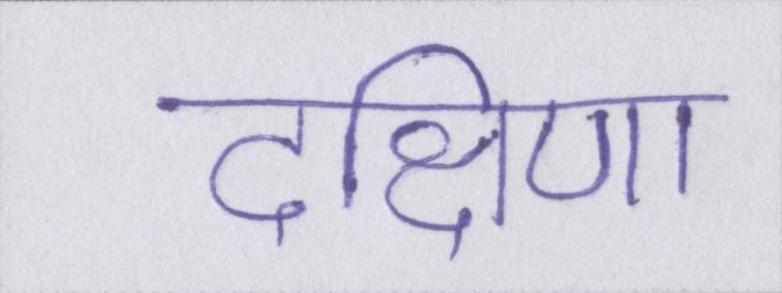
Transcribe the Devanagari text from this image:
दक्षिणा